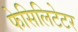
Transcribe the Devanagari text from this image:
फेसिलिटेटर